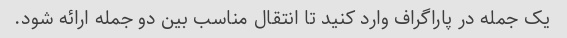
یک جمله در پاراگراف وارد کنید تا انتقال مناسب بین دو جمله ارائه شود.